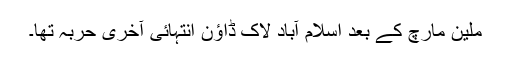
ملین مارچ کے بعد اسلام آباد لاک ڈاؤن انتہائی آخری حربہ تھا۔